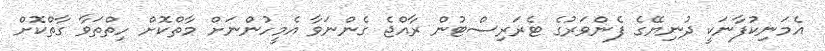
އެމަނިކުފާނަކީ ދުނިޔޭގެ ފެންވަރުގެ ޓެރަރިސްޓުން ރާއްޖެ ގެންނަވާ އެމީހުންނަށް މާތްކޮށް ހިތްތަވާ ގާތްކޮށް